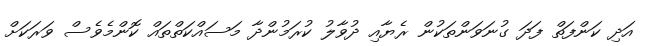
އަދި ކަންފަތް ފަދަ ގުނަވަންތަކުން ރެޔާއި ދުވާލު ކުރަމުންދާ މަސައްކަތްތައް ކޮންމެވެސް ވަރަކަށް